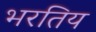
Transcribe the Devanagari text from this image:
भरतिय